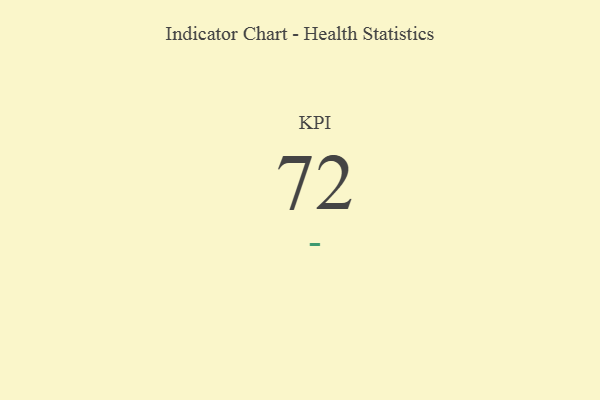
{"axis": {"x": "KPI", "y": "Value"}, "legend": [""], "data": [{"x": "KPI", "y": 72, "type": ""}]}